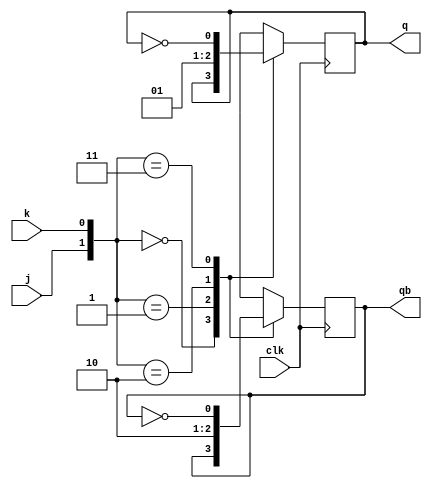
`timescale 1ns / 1ps
// Module Name:    mod 
// Project Name: 	 synchronous mode13counter 
// Designer name:  Arjun Parmar(U18EC019) & Ishan Chopra(U18EC020)
module mod(q,qb,j,k,clk);
output q,qb;
input j,k,clk;
reg q,qb;
initial begin q=1'b0; qb=1'b1; end
always @(posedge clk)
	begin
		case({j,k})
						{1'b0,1'b0}:begin q=q; qb=qb;end
						{1'b0,1'b1}:begin q=1'b0; qb=1'b1;end
						{1'b1,1'b0}:begin q=1'b1; qb=1'b0;end
						{1'b1,1'b1}:begin q=~q; qb=~qb;end
		endcase
	end
endmodule

module mod13(qo,clk);
	output [3:0]qo;
	input clk;	
	always @(posedge clk);
		mod mod1(qo[0],q11,j1,k1,clk);
		mod mod2(qo[1],q12,j2,k2,clk);
		mod mod3(qo[2],q13,j3,k3,clk);
		mod mod4(qo[3],q14,j4,k4,clk);
		assign {q4,q3,q2,q1}=qo;	
		assign j4=q3&q2&q1;
		assign k4=q3;
		assign j3=q2&q1;
		assign k3=q4|(q2&q1);
		assign j2=q1;
		assign k2=q1;	
		assign j1=(~q4) | (~q3);
		assign k1=1;
endmodule